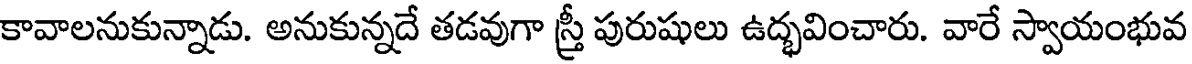
కావాలనుకున్నాడు. అనుకున్నదే తడవుగా స్త్రీ పురుషులు ఉద్భవించారు. వారే స్వాయంభువ